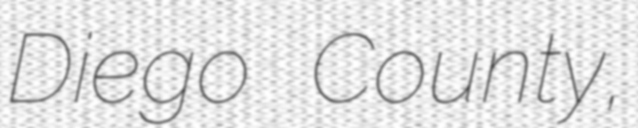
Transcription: Diego County,